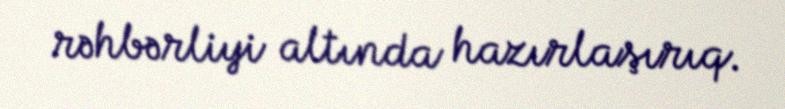
rəhbərliyi altında hazırlaşırıq.